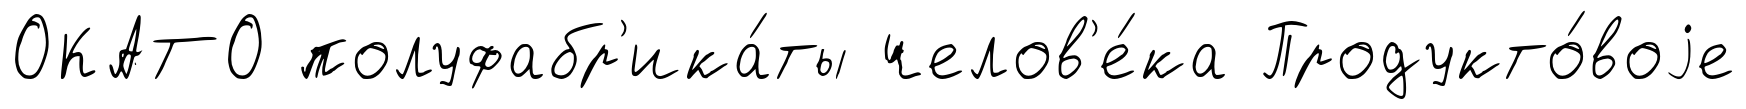
ОКАТО полуфабр'ика́ты челов'е́ка Продукто́воjе